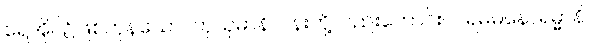
ရေအိုင်၌ဖြစ်ကုန်သော။ ကုသုမာနိ၊ ပန်းတို့လည်းကောင်း။ ပရမမနောရမ္မာနိ၊